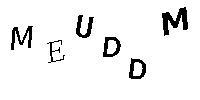
MEUDDM